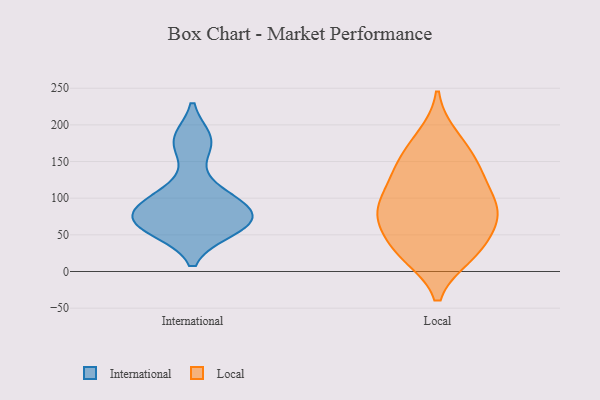
{"axis": {"x": "Gross Profit (USD K)", "y": "Value"}, "legend": ["International", "Local"], "data": [{"x": "", "y": 84, "type": "International"}, {"x": "", "y": 112, "type": "International"}, {"x": "", "y": 72, "type": "International"}, {"x": "", "y": 180, "type": "International"}, {"x": "", "y": 175, "type": "International"}, {"x": "", "y": 95, "type": "International"}, {"x": "", "y": 57, "type": "International"}, {"x": "", "y": 62, "type": "International"}, {"x": "", "y": 82, "type": "International"}, {"x": "", "y": 62, "type": "International"}, {"x": "", "y": 90, "type": "Local"}, {"x": "", "y": 115, "type": "Local"}, {"x": "", "y": 171, "type": "Local"}, {"x": "", "y": 32, "type": "Local"}, {"x": "", "y": 137, "type": "Local"}, {"x": "", "y": 69, "type": "Local"}, {"x": "", "y": 80, "type": "Local"}, {"x": "", "y": 135, "type": "Local"}, {"x": "", "y": 29, "type": "Local"}, {"x": "", "y": 86, "type": "Local"}, {"x": "", "y": 23, "type": "Local"}, {"x": "", "y": 143, "type": "Local"}, {"x": "", "y": 26, "type": "Local"}, {"x": "", "y": 183, "type": "Local"}, {"x": "", "y": 81, "type": "Local"}, {"x": "", "y": 71, "type": "Local"}]}